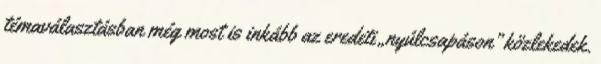
témaválasztásban még most is inkább az eredeti „nyúlcsapáson” közlekedek.